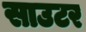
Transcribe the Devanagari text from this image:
साउटर